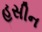
હસીન